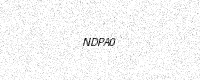
Text: NDPA0